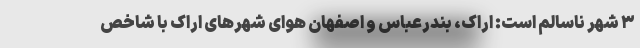
۳ شهر ناسالم است: اراک، بندرعباس و اصفهان هوای شهرهای اراک با شاخص